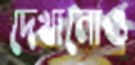
দেখানোও